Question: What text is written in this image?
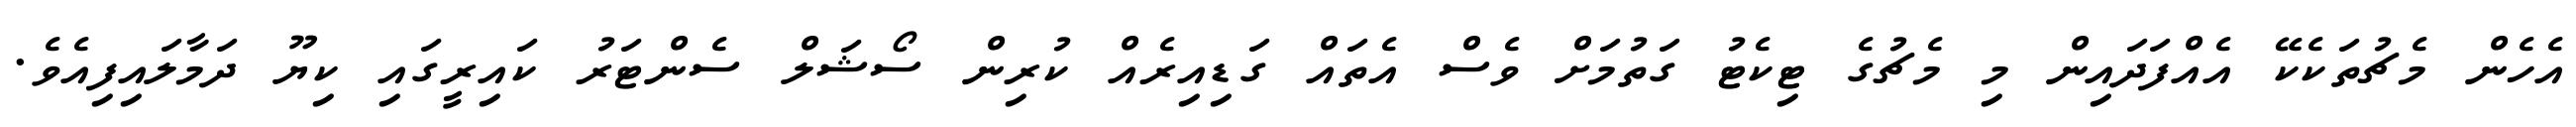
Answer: އެހެން މެޗުތަކެކޭ އެއްފަދައިން މި މެޗުގެ ޓިކެޓު ގަތުމަށް ވެސް އެތައް ގަޑިއިރެއް ކުރިން ސޯޝަލް ސެންޓަރު ކައިރީގައި ކިޔޫ ދަމާލައިފިއެވެ.